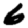
Digit: 6